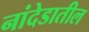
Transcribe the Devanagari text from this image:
नांदेडातील